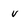
Character: u